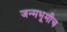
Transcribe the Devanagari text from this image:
जन्मभूमीच